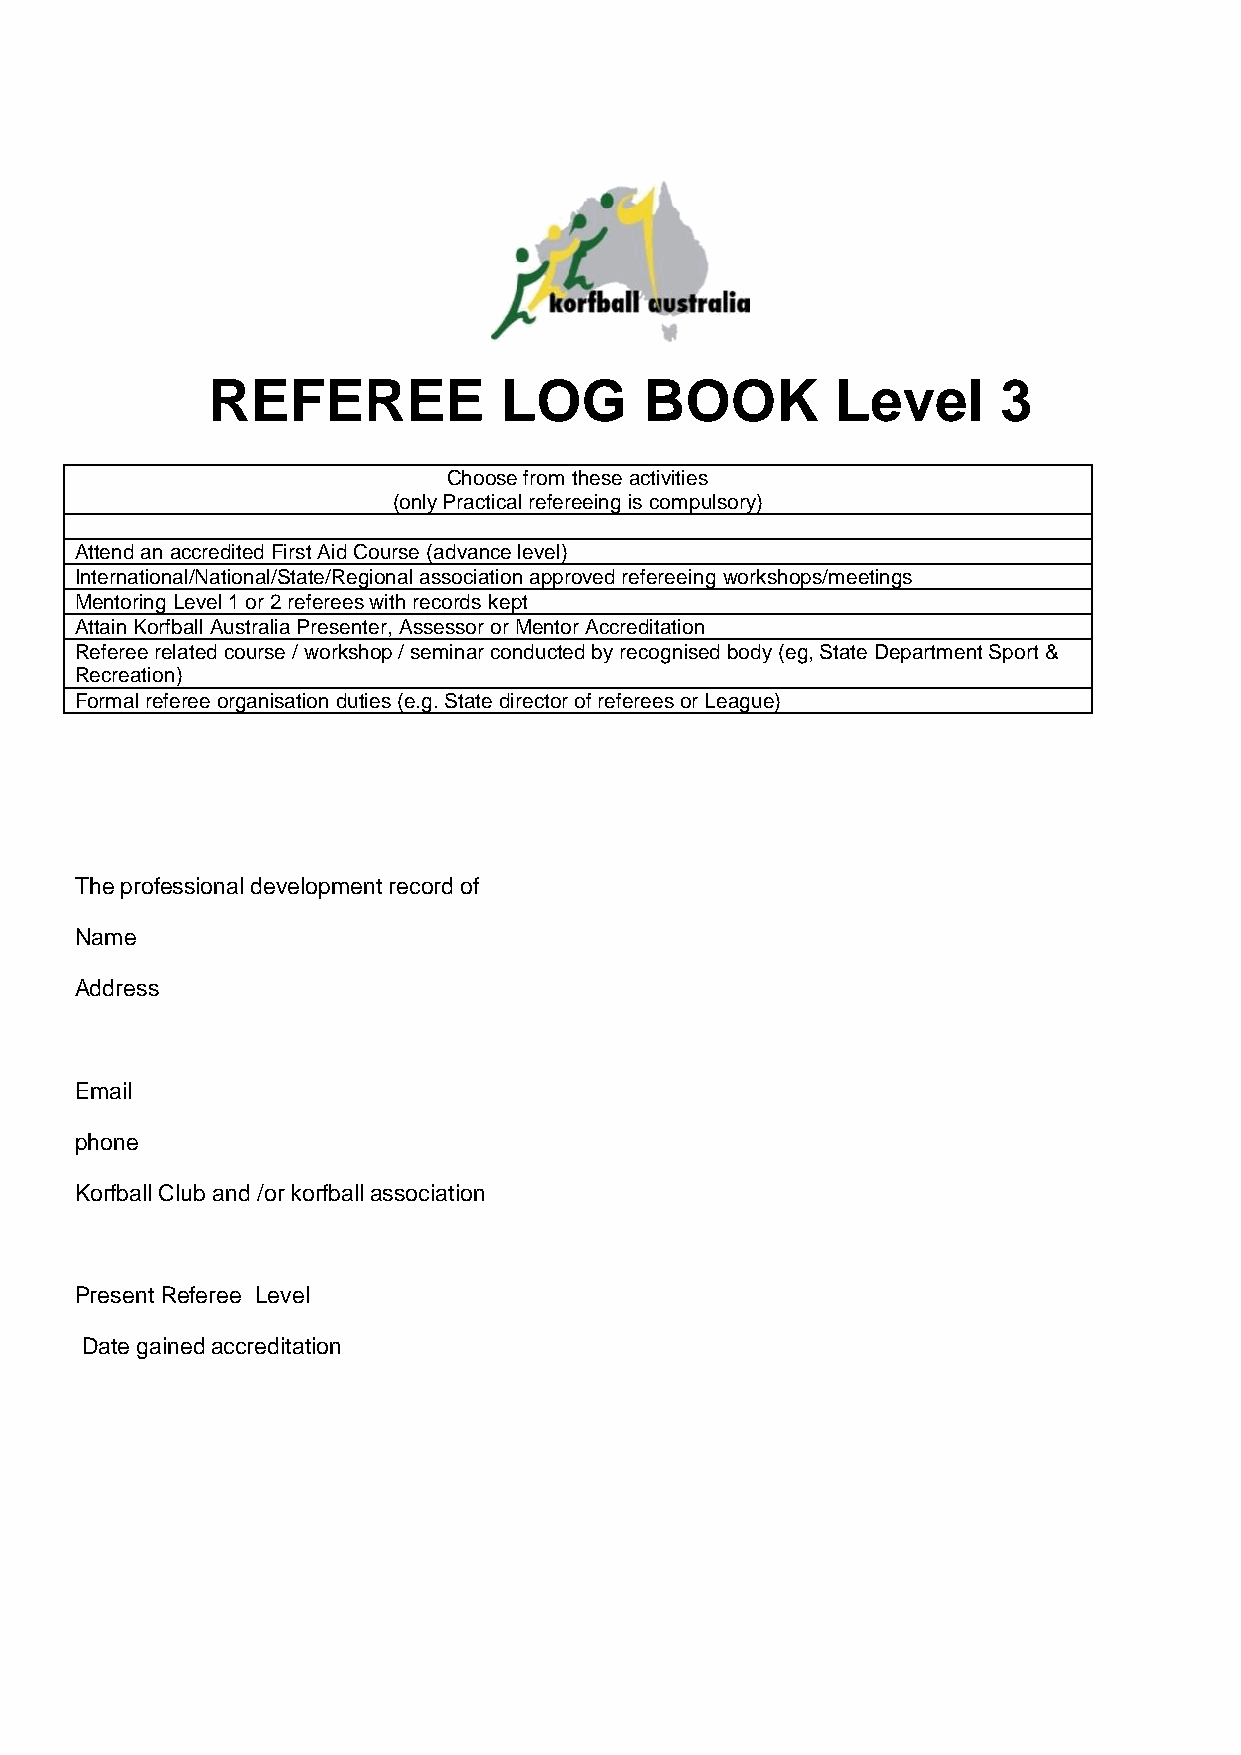
REFEREE            LOG       BOOK        Level      3
 Choose from these activities
 (only Practical refereeing is compulsory)
 Attend an accredited First Aid Course (advance level)
 International/National/State/Regional association approved refereeing workshops/meetings
 Mentoring Level 1 or 2 referees with records kept
 Attain Korfball Australia Presenter, Assessor or Mentor Accreditation
 Referee related course / workshop / seminar conducted by recognised body (eg, State Department Sport &
 Recreation)
 Formal referee organisation duties (e.g. State director of referees or League)
 The professional development record of
 Name
 Address
 Email
 phone
 Korfball Club and /or korfball association
 Present Referee Level
 Date gained accreditation